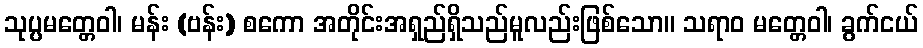
သုပ္ပမတ္တေဝါ၊ မန်း (ဗန်း) စကော အတိုင်းအရှည်ရှိသည်မူလည်းဖြစ်သော။ သရာဝ မတ္တေဝါ၊ ခွက်ငယ်